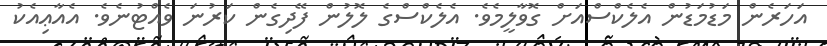
އަހަރެން މަޑުމަޑުން އެލެކްސްއަށް ގޮވާލީމެވެ. އެލެކްސްގެ ލޮލުން ފޭދިގެން ކަރުނަ ވެއްޓުނެވެ. އެއާޢިއެކު